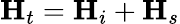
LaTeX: \mathbf{H}_{t}=\mathbf{H}_{i}+\mathbf{H}_{s}